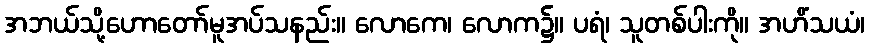
အဘယ်သို့ဟောတော်မူအပ်သနည်း။ လောကေ၊ လောက၌။ ပရံ၊ သူတစ်ပါးကို။ အဟိံသယံ၊